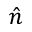
\hat { n }